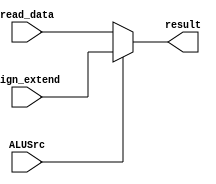
`timescale 1ns / 1ps
//////////////////////////////////////////////////////////////////////////////////
// Company: 
// Engineer: 
// 
// Design Name: 
// Module Name:    execution_mux1_type 
// Project Name: 
// Target Devices: 
// Tool versions: 
// Description: 
//
// Dependencies: 
//
// Revision: 
// Revision 0.01 - File Created
// Additional Comments: 
//
//////////////////////////////////////////////////////////////////////////////////
module execution_mux1_type(read_data, sign_extend, ALUSrc, result);

	input [31:0] read_data, sign_extend;
	input ALUSrc;
	
	output reg [31:0] result;
	
	always @(*)
	begin
	
		if (ALUSrc)
			begin
				result <= sign_extend;
			end
			
			else
			begin
				result <= read_data;
			end
			
	end

endmodule